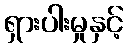
ရှားပါးမှုနှင့်